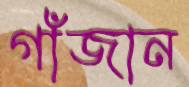
গাঁজান